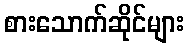
စားသောက်ဆိုင်များ